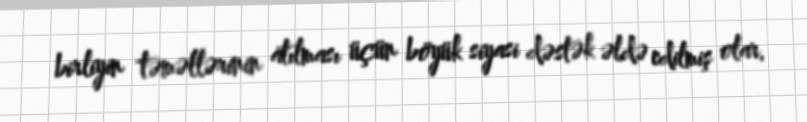
birliyin təməllərinin atılması üçün böyük siyasi dəstək əldə edilmiş olar.